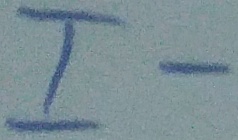
Text: I-